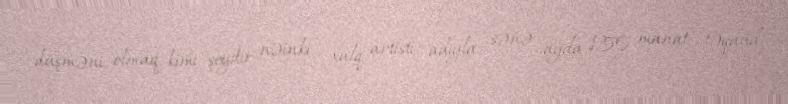
düşməni olmaq kimi şeydir, nəinki xalq artisti adıyla sənə ayda 150 manat təqaüd